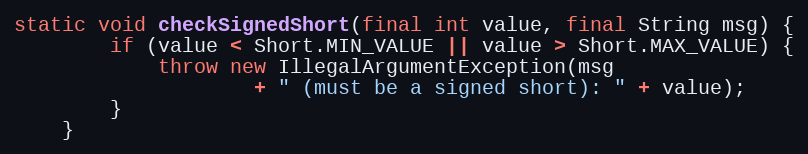
Language: Java
static void checkSignedShort(final int value, final String msg) {
        if (value < Short.MIN_VALUE || value > Short.MAX_VALUE) {
            throw new IllegalArgumentException(msg
                    + " (must be a signed short): " + value);
        }
    }